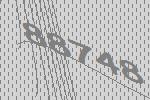
88748